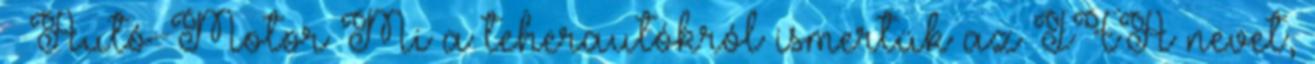
– Autó-Motor Mi a teherautókról ismertük az IFA nevet,